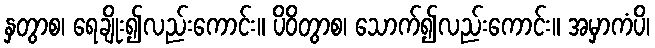
နှတွာစ၊ ရေချိုး၍လည်းကောင်း။ ပိဝိတွာစ၊ သောက်၍လည်းကောင်း။ အမှာကံပိ၊